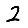
Digit: 2